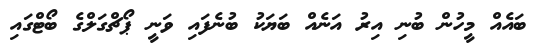
ބައެއް މީހުން ބުނި އިރު އަނެއް ބަޔަކު ބުނެފައި ވަނީ ޕޯޗްގަލްގެ ބޯޓްގައި